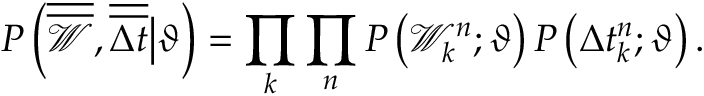
P \left( \overline { { \overline { { \mathcal { W } } } } } , \overline { { \overline { { \Delta t } } } } \big | \vartheta \right) = \prod _ { k } \prod _ { n } P \left( \mathcal { W } _ { k } ^ { n } ; \vartheta \right) P \left( \Delta t _ { k } ^ { n } ; \vartheta \right) .